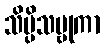
သိပ္ပိသမ္ဗုကာ